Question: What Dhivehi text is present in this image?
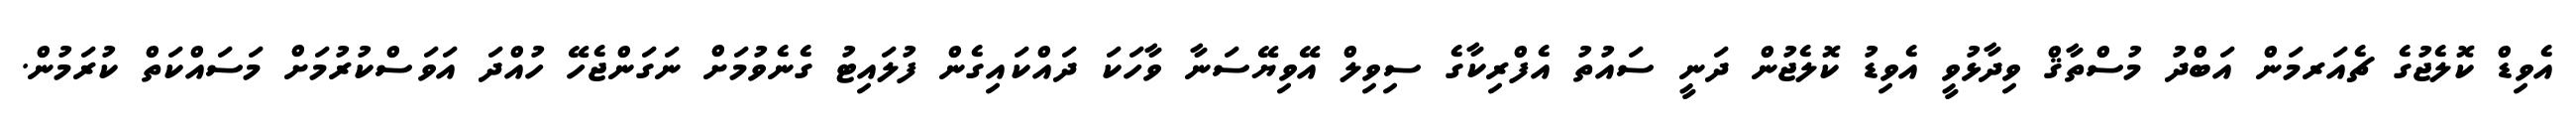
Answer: އެވިޑް ކޮލެޖުގެ ޗެއަރމަން އަބްދު މުސްތާޤް ވިދާޅުވީ އެވިޑު ކޮލެޖުން ދަނީ ސައުތު އެފްރިކާގެ ސިވިލް އޭވިޔޭސަނާ ވާހަކަ ދައްކައިގެން ފުލައިޓު ގެނެވުމަށް ނަގަންޖެހޭ ހުއްދަ އަވަސްކުރުމަށް މަސައްކަތް ކުރަމުން.